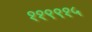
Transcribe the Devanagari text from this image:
११९९१५